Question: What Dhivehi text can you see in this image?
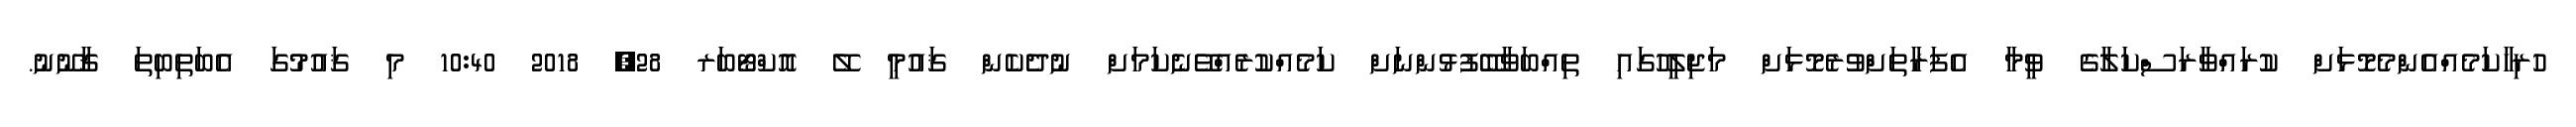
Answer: ހުރިހާކަމެއްއެންމެމޮޅަށް ކުރައްވާރަސްކަލާގެ ވީމާ އެފަރާތަށްްވުރެމޮޅަށް މަޖިލީހުގައި ތިއްބަވާބޭފުޅުންނަށް ކަމެއްކުރެއްވޭނެކަމަށް ނުދެކެން ޤައުމީ ލޭ އޮކްޓޯބަރ 28, 2018 10:40 މި ޤައުމުގަ އެބަތިބިތަ ޤާނޫނު.